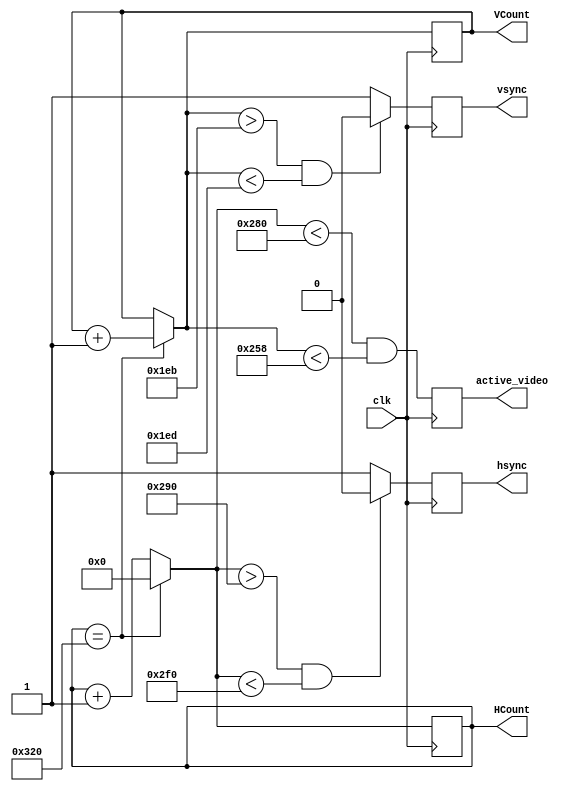
module VGA(clk, hsync, vsync, active_video, HCount, VCount);
  
    input clk;
	 output reg hsync;
	 output reg vsync;
	 output reg active_video;
	 output reg [9:0] HCount;
	 output reg [8:0] VCount;
  
	 // 640x480, 25 MHz clk
	 parameter ACTIVE_H = 640; 		
	 parameter FRONT_PORCH_H = 16;   
	 parameter SYNC_PULSE_H = 96; 	
	 parameter H_TOTAL = 800; 			
	 parameter ACTIVE_V = 480; 		
	 parameter FRONT_PORCH_V = 11;   
	 parameter SYNC_PULSE_V = 2; 		
	 parameter V_TOTAL = 524; 			

    wire HMax = (HCount == H_TOTAL); 
    wire VMax = (VCount == V_TOTAL);

	 
	 initial begin
		HCount = 10'b000000000;
		VCount = 9'b00000000;
	 end

    always @(posedge clk) // Board clk is 50 Mhz, VGA sends signals at 100 Mhz
	 begin
		if (HMax) 
		begin
			HCount = 0;
			if (VMax) begin
				VCount = 0;
			end
			else begin
				VCount = VCount + 9'd1;
			end
		end
		else begin
			HCount = HCount + 10'd1;
		end
		
		
		active_video = (HCount < ACTIVE_H) && (VCount < 600);
		
		
		if ((HCount > (ACTIVE_H + FRONT_PORCH_H)) && (HCount < (ACTIVE_H + FRONT_PORCH_H + SYNC_PULSE_H)))
		begin
			 hsync = 0;
		end
		else
		begin
			hsync = 1;
		end
		
		
		if ((VCount > (ACTIVE_V + FRONT_PORCH_V)) && (VCount < (ACTIVE_V + FRONT_PORCH_V + SYNC_PULSE_V)))
		begin
			vsync = 0;
		end
		else
		begin
			vsync = 1;
		end
    end
endmodule